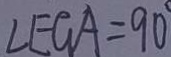
\angle E G A = 9 0 ^ { \circ }